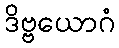
ဒိဗ္ဗယောဂံ